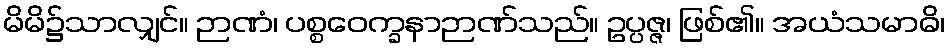
မိမိ၌သာလျှင်။ ဉာဏံ၊ ပစ္စဝေက္ခနာဉာဏ်သည်။ ဥပ္ပဇ္ဇ၊ ဖြစ်၏။ အယံသမာဓိ၊